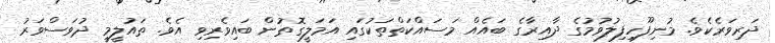
ދަރިވަރެކެވެ. މުނިފޫހިފިލުވުމުގެ ދާއިރާގެ ބައެއް މަސައްކަތްތަކުގައި އަމަލީގޮތުން ބައިވެރިވި އެވެ. ތައުލީމީ ދުވަސްވަރު